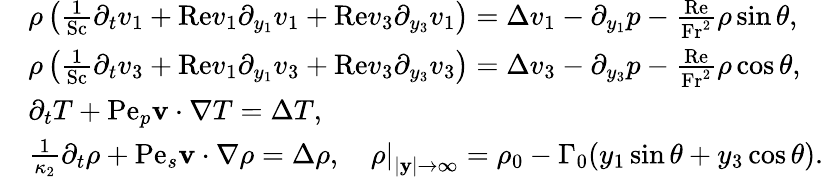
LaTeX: \begin{array}{rl}&{\rho\left(\frac{1}{\mathrm{Sc}}\partial_{t}v_{1}+\mathrm{Re}v_{1}\partial_{y_{1}}v_{1}+\mathrm{Re}v_{3}\partial_{y_{3}}v_{1}\right)=\Delta v_{1}-\partial_{y_{1}}p-\frac{\mathrm{Re}}{\mathrm{Fr^{2}}}\rho\sin\theta,}\\ &{\rho\left(\frac{1}{\mathrm{Sc}}\partial_{t}v_{3}+\mathrm{Re}v_{1}\partial_{y_{1}}v_{3}+\mathrm{Re}v_{3}\partial_{y_{3}}v_{3}\right)=\Delta v_{3}-\partial_{y_{3}}p-\frac{\mathrm{Re}}{\mathrm{Fr^{2}}}\rho\cos\theta,}\\ &{\partial_{t}T+\mathrm{Pe}_{p}\mathbf{v}\cdot\nabla T=\Delta T,}\\ &{\frac{1}{\kappa_{2}}\partial_{t}\rho+\mathrm{Pe}_{s}\mathbf{v}\cdot\nabla\rho=\Delta\rho,\quad\left.\rho\right|_{|\mathbf{y}|\rightarrow\infty}=\rho_{0}-\Gamma_{0}(y_{1}\sin\theta+y_{3}\cos\theta).}\end{array}